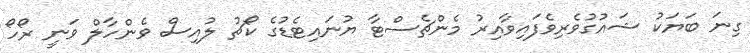
ގިނަ ބަޔަކު ޝައުގުވެރިވެފައިވާއިރު މެންޗެސްޓާ ޔުނައިޓެޑުގެ ކޯޗު ލުއިސް ވެންހާލް ވަނީ ރޯހޯ